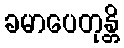
ခမာပေတုန္တိ